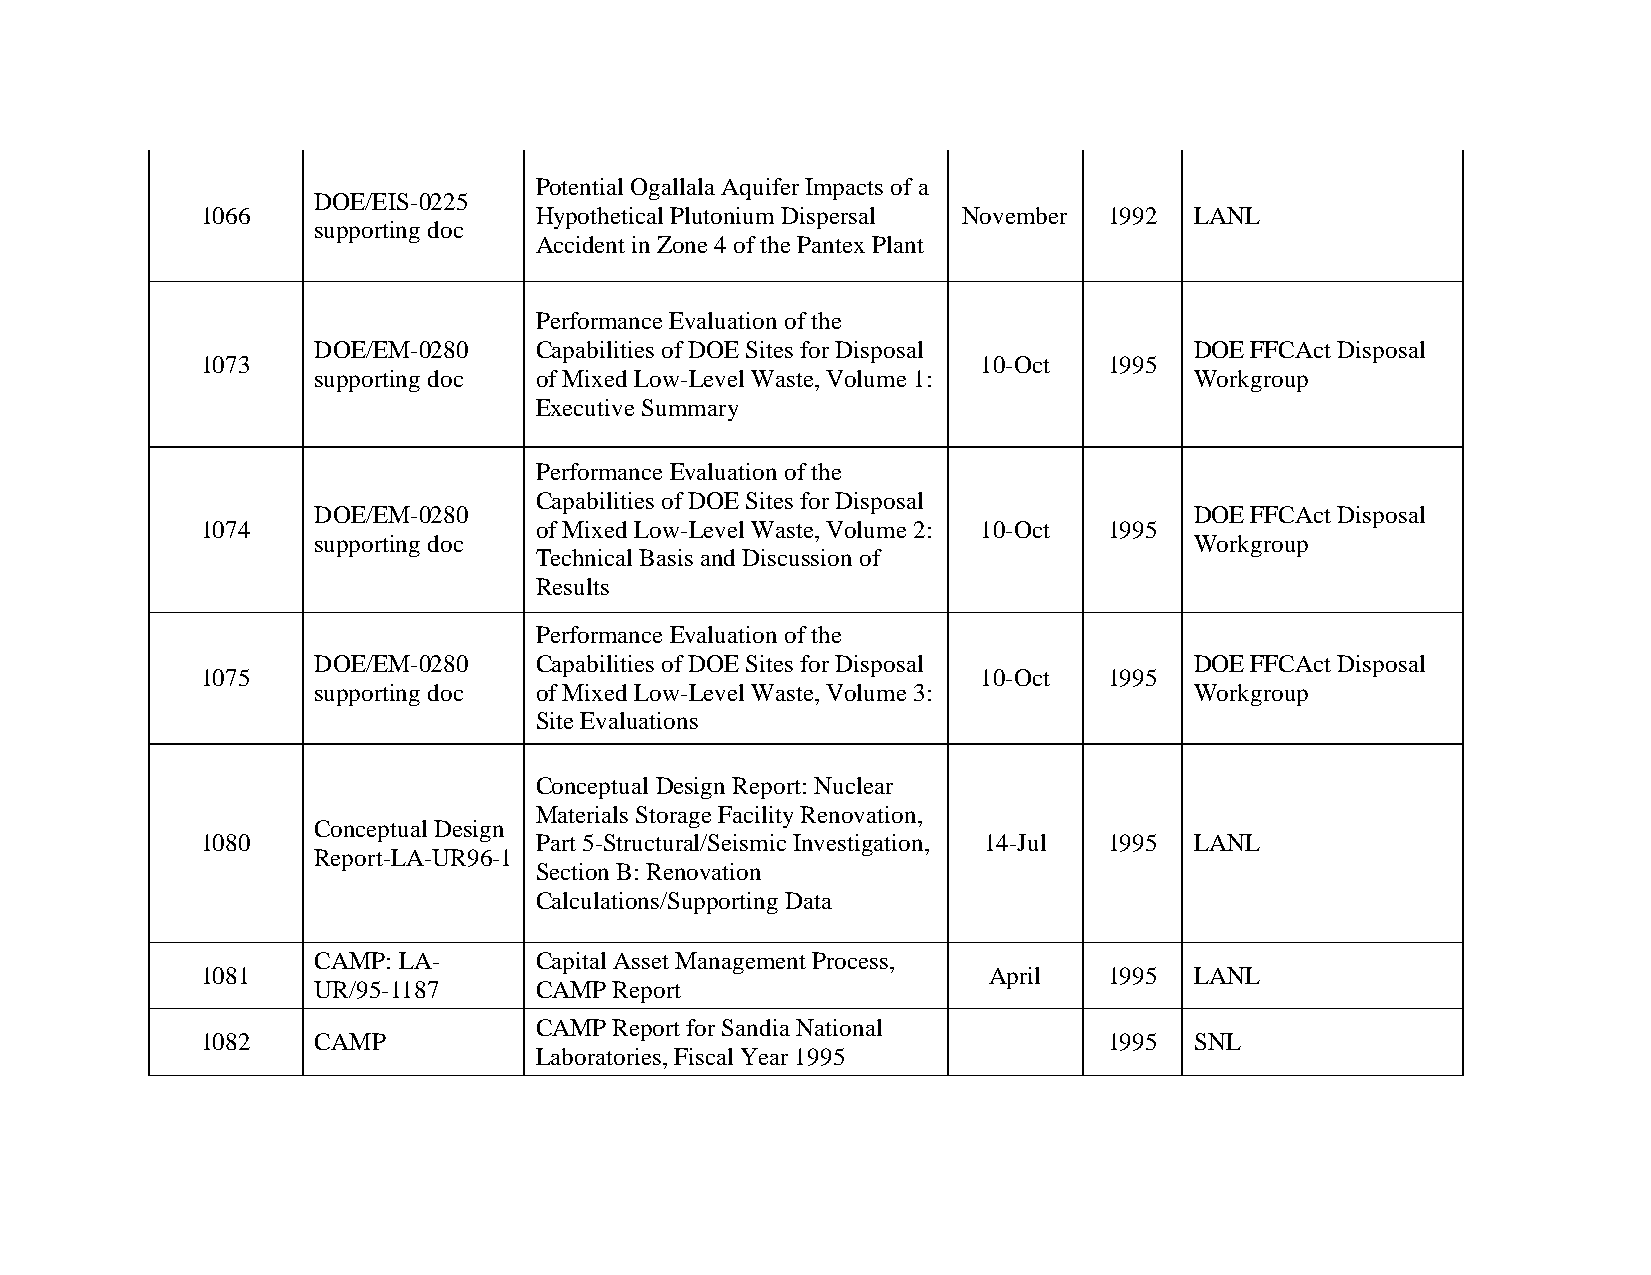
Potential Ogallala Aquifer Impacts of a
 DOE/EIS-0225
 1066                  Hypothetical Plutonium Dispersal November 1992 LANL
 supporting doc
 Accident in Zone 4 of the Pantex Plant
 Performance Evaluation of the
 DOE/EM-0280   Capabilities of DOE Sites for Disposal      DOE FFCAct Disposal
 1073                                                10-Oct  1995
 supporting doc of Mixed Low-Level Waste, Volume 1:        Workgroup
 Executive Summary
 Performance Evaluation of the
 Capabilities of DOE Sites for Disposal
 DOE/EM-0280                                               DOE FFCAct Disposal
 1074                  of Mixed Low-Level Waste, Volume 2: 10-Oct 1995
 supporting doc                                            Workgroup
 Technical Basis and Discussion of
 Results
 Performance Evaluation of the
 DOE/EM-0280   Capabilities of DOE Sites for Disposal      DOE FFCAct Disposal
 1075                                                10-Oct  1995
 supporting doc of Mixed Low-Level Waste, Volume 3:        Workgroup
 Site Evaluations
 Conceptual Design Report: Nuclear
 Materials Storage Facility Renovation,
 Conceptual Design
 1080                  Part 5-Structural/Seismic Investigation, 14-Jul 1995 LANL
 Report-LA-UR96-1
 Section B: Renovation
 Calculations/Supporting Data
 CAMP: LA-     Capital Asset Management Process,
 1081                                                April   1995  LANL
 UR/95-1187    CAMP  Report
 CAMP  Report for Sandia National
 1082    CAMP                                                1995  SNL
 Laboratories, Fiscal Year 1995